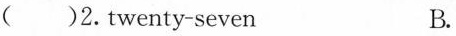
()2.twenty-seven B.